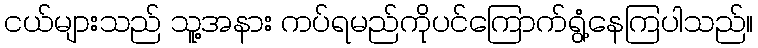
ငယ်များသည် သူ့အနား ကပ်ရမည်ကိုပင်ကြောက်ရွံ့နေကြပါသည်။